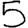
Digit: 5